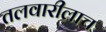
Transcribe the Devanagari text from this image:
तलवारीलाच